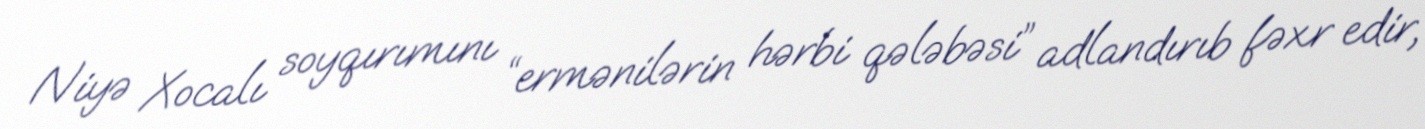
Niyə Xocalı soyqırımını “ermənilərin hərbi qələbəsi” adlandırıb fəxr edir,